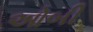
ઓબી